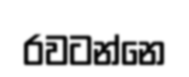
රවටන්නෙ